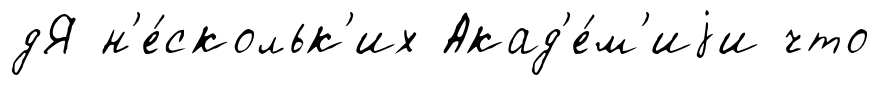
дЯ н'е́скольк'их Акад'е́м'иjи что